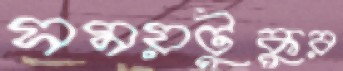
সময়টুকুর